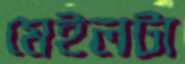
মেইলটা